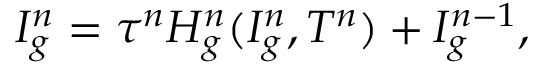
I _ { g } ^ { n } = \tau ^ { n } H _ { g } ^ { n } ( I _ { g } ^ { n } , T ^ { n } ) + I _ { g } ^ { n - 1 } ,